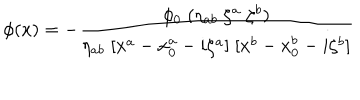
LaTeX: \phi ( x ) = - { \frac { \phi _ { 0 } \; ( \eta _ { a b } \; \zeta ^ { a } \; \zeta ^ { b } ) } { \eta _ { a b } \; [ x ^ { a } - x _ { 0 } ^ { a } - i \zeta ^ { a } ] \; [ x ^ { b } - x _ { 0 } ^ { b } - i \zeta ^ { b } ] } }